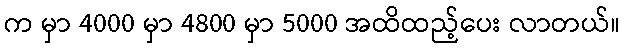
က မှာ 4000 မှာ 4800 မှာ 5000 အထိထည့်ပေး လာတယ်။